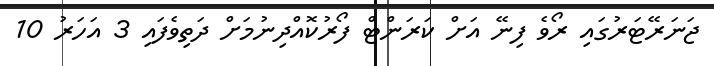
ޖަނަރޭޓަރުގައި ރޯވެ ފިނޭ އަށް ކަރަންޓް ފޯރުކޮއްދިނުމަށް ދަތިވެފައި 3 އަހަރު 10